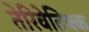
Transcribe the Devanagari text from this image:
तेरिवेतिक्क